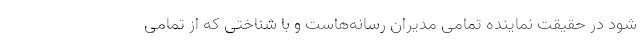
شود در حقیقت نماینده تمامی مدیران رسانه‌هاست و با شناختی که از تمامی